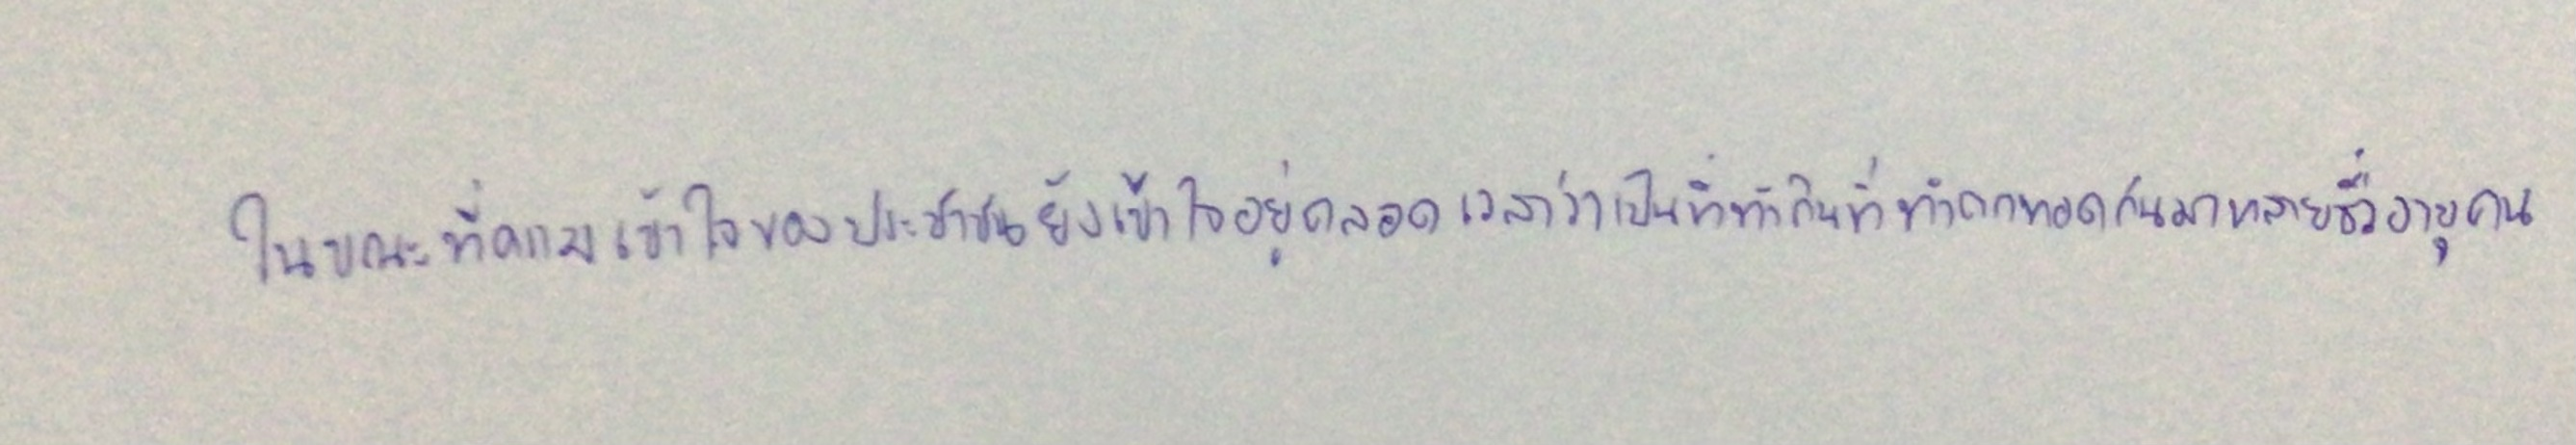
ในขณะที่ความเข้าใจของประชาชนยังเข้าใจอยู่ตลอดเวลาว่าเป็นที่ทำกินที่ทำตกทอดกันมาหลายชั่วอายุคน